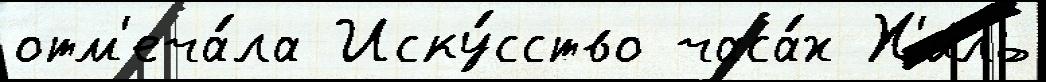
отм'еча́ла Иску́сство часа́х Х'иль